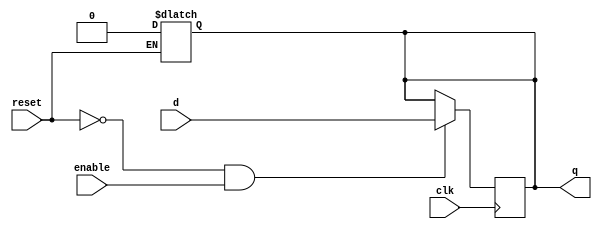
// dffe: D-type flip-flop with enable
//
// q      (output) - Current value of flip flop
// d      (input)  - Next value of flip flop
// clk    (input)  - Clock (positive edge-sensitive)
// enable (input)  - Load new value? (yes = 1, no = 0)
// reset  (input)  - Asynchronous reset   (reset =  1)
//
module dffe(q, d, clk, enable, reset);
    output q;
    reg    q;
    input  d;
    input  clk, enable, reset;
 
    always@(reset)
      if (reset == 1'b1)
        q <= 0;
 
    always@(posedge clk)
      if ((reset == 1'b0) && (enable == 1'b1))
        q <= d;
endmodule // dffe


module lol_reader(L, O, Y, bits, clk, restart);
    output      L, O, Y;
    input [2:0] bits;
    input       restart, clk;
    wire        in000, in111, in001, in101, in100, in011,
                sBlank, sBlank_next,
                sLA_next, sLB_next, sOA_next, sOB_next, sOC_next, sYA_next, sYB_next, sYC_next,
		sLA, sLB, sOA, sOB, sOC, sYA, sYB, sYC,
                sL_end, sL_end_next, sO_end, sO_end_next, sY_end, sY_end_next,
                sGarbage, sGarbage_next;

    assign in000 = bits == 3'b000;
    assign in111 = bits == 3'b111;
    assign in001 = bits == 3'b001;
    assign in101 = bits == 3'b101;
    assign in100 = bits == 3'b100;
    assign in011 = bits == 3'b011;


    assign sGarbage_next = ~restart & ((sBlank & ~(in000 | in111 | in100)) | ((sL_end | sO_end) & ~(in000 | in111)) | (sLA & ~(in000 | in001)) | ((sLB | sOC) & ~in000) | (sGarbage & ~in000) | (sOA & ~(in101 | in000)) | sOB & ~in111 | (sYA & ~(in000 | in011)) | ((sYB | sY_end) & ~(in000|in100)) | (sYC & ~in000)); 

    assign sBlank_next = restart | ((sBlank | sL_end | sGarbage | sLA | sOA | sOB | sO_end | sYA | sYB | sY_end) & in000);

    assign sLA_next = ~restart & ((sBlank | sL_end) & in111);
    assign sLB_next = ~restart & (sLA & in001); 
    assign sL_end_next = ~restart & (sLB & in000); 
   
    assign sOA_next = ~restart & ((sBlank | sO_end) & in111);
    assign sOB_next = ~restart & (sOA & in101);
    assign sOC_next = ~restart & (sOB & in111);
    assign sO_end_next = ~restart & (sOC & in000);

    assign sYA_next = ~restart & ((sBlank | sY_end) & in100);
    assign sYB_next = ~restart & (sYA & in011);
    assign sYC_next = ~restart & (sYB & in100);
    assign sY_end_next = ~restart & (sYC & in000);
    
        
    dffe fsBlank(sBlank, sBlank_next, clk, 1'b1, 1'b0);
    dffe fsGarbage(sGarbage, sGarbage_next, clk, 1'b1, 1'b0);

    dffe fsLA(sLA, sLA_next, clk, 1'b1, 1'b0);
    dffe fsLB(sLB, sLB_next, clk, 1'b1, 1'b0);
    dffe fsL_end(sL_end, sL_end_next, clk, 1'b1, 1'b0);

    dffe fsOA(sOA, sOA_next, clk, 1'b1, 1'b0);
    dffe fsOB(sOB, sOB_next, clk, 1'b1, 1'b0);
    dffe fsOC(sOC, sOC_next, clk, 1'b1, 1'b0);
    dffe fsO_end(sO_end, sO_end_next, clk, 1'b1, 1'b0);

    dffe fsYA(sYA, sYA_next, clk, 1'b1, 1'b0);
    dffe fsYB(sYB, sYB_next, clk, 1'b1, 1'b0);
    dffe fsYC(sYC, sYC_next, clk, 1'b1, 1'b0);
    dffe fsY_end(sY_end, sY_end_next, clk, 1'b1, 1'b0);

    assign L = sL_end;
    assign O = sO_end;
    assign Y = sY_end;

endmodule // lol_reader